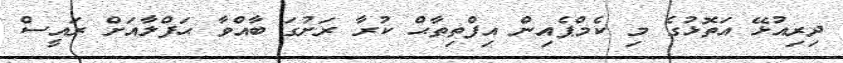
ދިރިއުޅޭ އަތޮޅުގެ މި ކެމްޕެއިން އިފްތިތާޙް ކުރާ ރަށުގަ ބާއްވާ ޙަފްލާއަށް ރައީސް